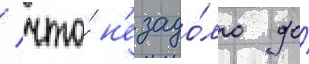
/ что́ н'езадо́лго до́